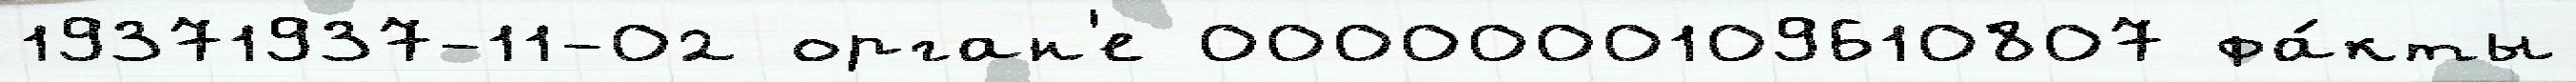
19371937-11-02 орган'е 0000000109610807 фа́кты